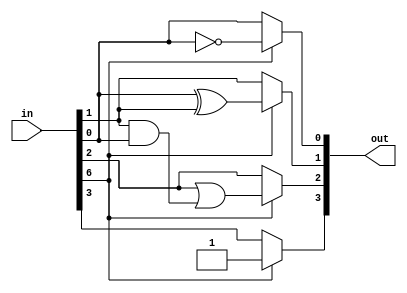
// Copyright 2007 Altera Corporation. All rights reserved.  
// Altera products are protected under numerous U.S. and foreign patents, 
// maskwork rights, copyrights and other intellectual property laws.  
//
// This reference design file, and your use thereof, is subject to and governed
// by the terms and conditions of the applicable Altera Reference Design 
// License Agreement (either as signed by you or found at www.altera.com).  By
// using this reference design file, you indicate your acceptance of such terms
// and conditions between you and Altera Corporation.  In the event that you do
// not agree with such terms and conditions, you may not use the reference 
// design file and please promptly destroy any copies you have made.
//
// This reference design file is being provided on an "as-is" basis and as an 
// accommodation and therefore all warranties, representations or guarantees of 
// any kind (whether express, implied or statutory) including, without 
// limitation, warranties of merchantability, non-infringement, or fitness for
// a particular purpose, are specifically disclaimed.  By making this reference
// design file available, Altera expressly does not recommend, suggest or 
// require that this reference design file be used in combination with any 
// other product not provided by Altera.
/////////////////////////////////////////////////////////////////////////////

// baeckler - 05-01-2006
// Converts upper or lower case hex byte to 4 bit binary

module asc_hex_to_nybble (in,out);
input [7:0] in;

output [3:0] out;
reg [3:0] out;

// method 1 is smaller, faster, and will output garbage for
//		non-hex characters.
//
// method 0 will output 0 for non-hex chars
//
parameter METHOD = 1;

generate
if (METHOD == 0) begin
	
	//////////////////////////////////////
	// METHOD = 0
	// illegal input bytes must output 0
	//////////////////////////////////////
	always @(in) begin
		case (in)
			"0" : out = 4'h0;
			"1" : out = 4'h1;
			"2" : out = 4'h2;
			"3" : out = 4'h3;
			"4" : out = 4'h4;
			"5" : out = 4'h5;
			"6" : out = 4'h6;
			"7" : out = 4'h7;
			"8" : out = 4'h8;
			"9" : out = 4'h9;
			"A", "a" : out = 4'ha;
			"B", "b" : out = 4'hb;
			"C", "c" : out = 4'hc;
			"D", "d" : out = 4'hd;
			"E", "e" : out = 4'he;
			"F", "f" : out = 4'hf;
			default : out = 4'b0;
		endcase
	end
end
else begin
	
	//////////////////////////////////////
	// METHOD = 1
	// illegal input bytes are don't care
	//////////////////////////////////////
	
	// 0:9 30 - 39 hex	
	// A:F 41 - 46 hex
	// a:f 61 - 66 hex
	always @(in) begin
		if (!in[6])	begin
			// numeric
			out = in[3:0];
		end
		else begin
			// Alpha - made these on paper
			// many variants would work			
			out[3] = 1'b1;
			out[2] = in[2] | (in[1] & in[0]);
			out[1] = in[0] ^ in[1];
			out[0] = !in[0];
		end
	end
end
endgenerate

endmodule
 

module asc_hex_to_nybble_tb ();
	
	wire [3:0] ao,bo;
	
	reg [22*8-1:0] test_str = "0123456789ABCDEFabcdef";
	reg [22*4-1:0] test_hex ='h0123456789abcdefabcdef;

	asc_hex_to_nybble a (.in(test_str[7:0]),.out(ao));
		defparam a .METHOD = 0;

	asc_hex_to_nybble b (.in(test_str[7:0]),.out(bo));
		defparam b .METHOD = 1;

	integer stim;
	initial begin
		for (stim = 0; stim<22; stim=stim+1)
		begin
			#10
			if (bo !== ao || bo != test_hex[3:0]) begin
				$display ("Mismatch on case %d",stim);
			end
			#10
			test_hex = test_hex >> 4;
			test_str = test_str >> 8;
		end
		$stop();
	end
	
endmodule